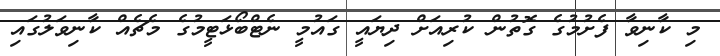
މި ކާނިވާ ފެށުމުގެ ގޮތުން ކުރިއަށް ދިޔައީ ގައުމީ ނެޓްބޯޅަޓީމުގެ މެޗެއް ކާނިވަލުގައި